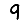
Digit: 9